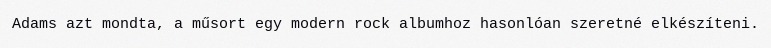
Adams azt mondta, a műsort egy modern rock albumhoz hasonlóan szeretné elkészíteni.